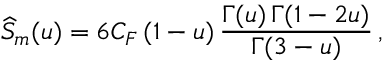
\widehat S _ { m } ( u ) = 6 C _ { F } \, ( 1 - u ) \, { \frac { \Gamma ( u ) \, \Gamma ( 1 - 2 u ) } { \Gamma ( 3 - u ) } } \, ,